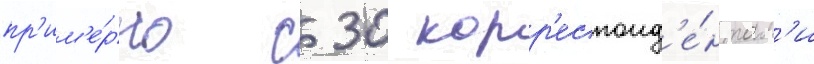
пр'им'е́рно с 30 корр'еспонд'е́нтам'и